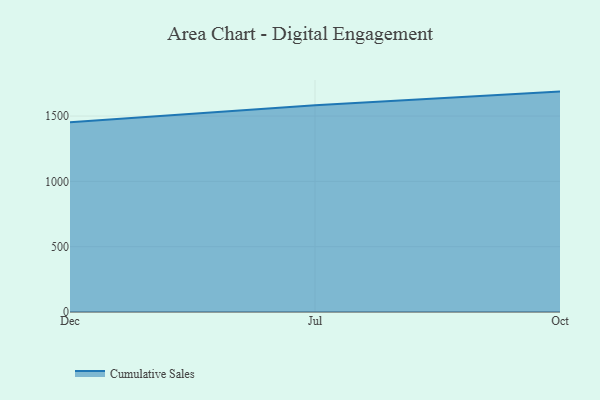
{"axis": {"x": "Month", "y": "Headcount"}, "legend": ["Cumulative Sales"], "data": [{"x": "Dec", "y": 1453.0, "type": "Cumulative Sales"}, {"x": "Jul", "y": 1581.8, "type": "Cumulative Sales"}, {"x": "Oct", "y": 1687.2, "type": "Cumulative Sales"}]}